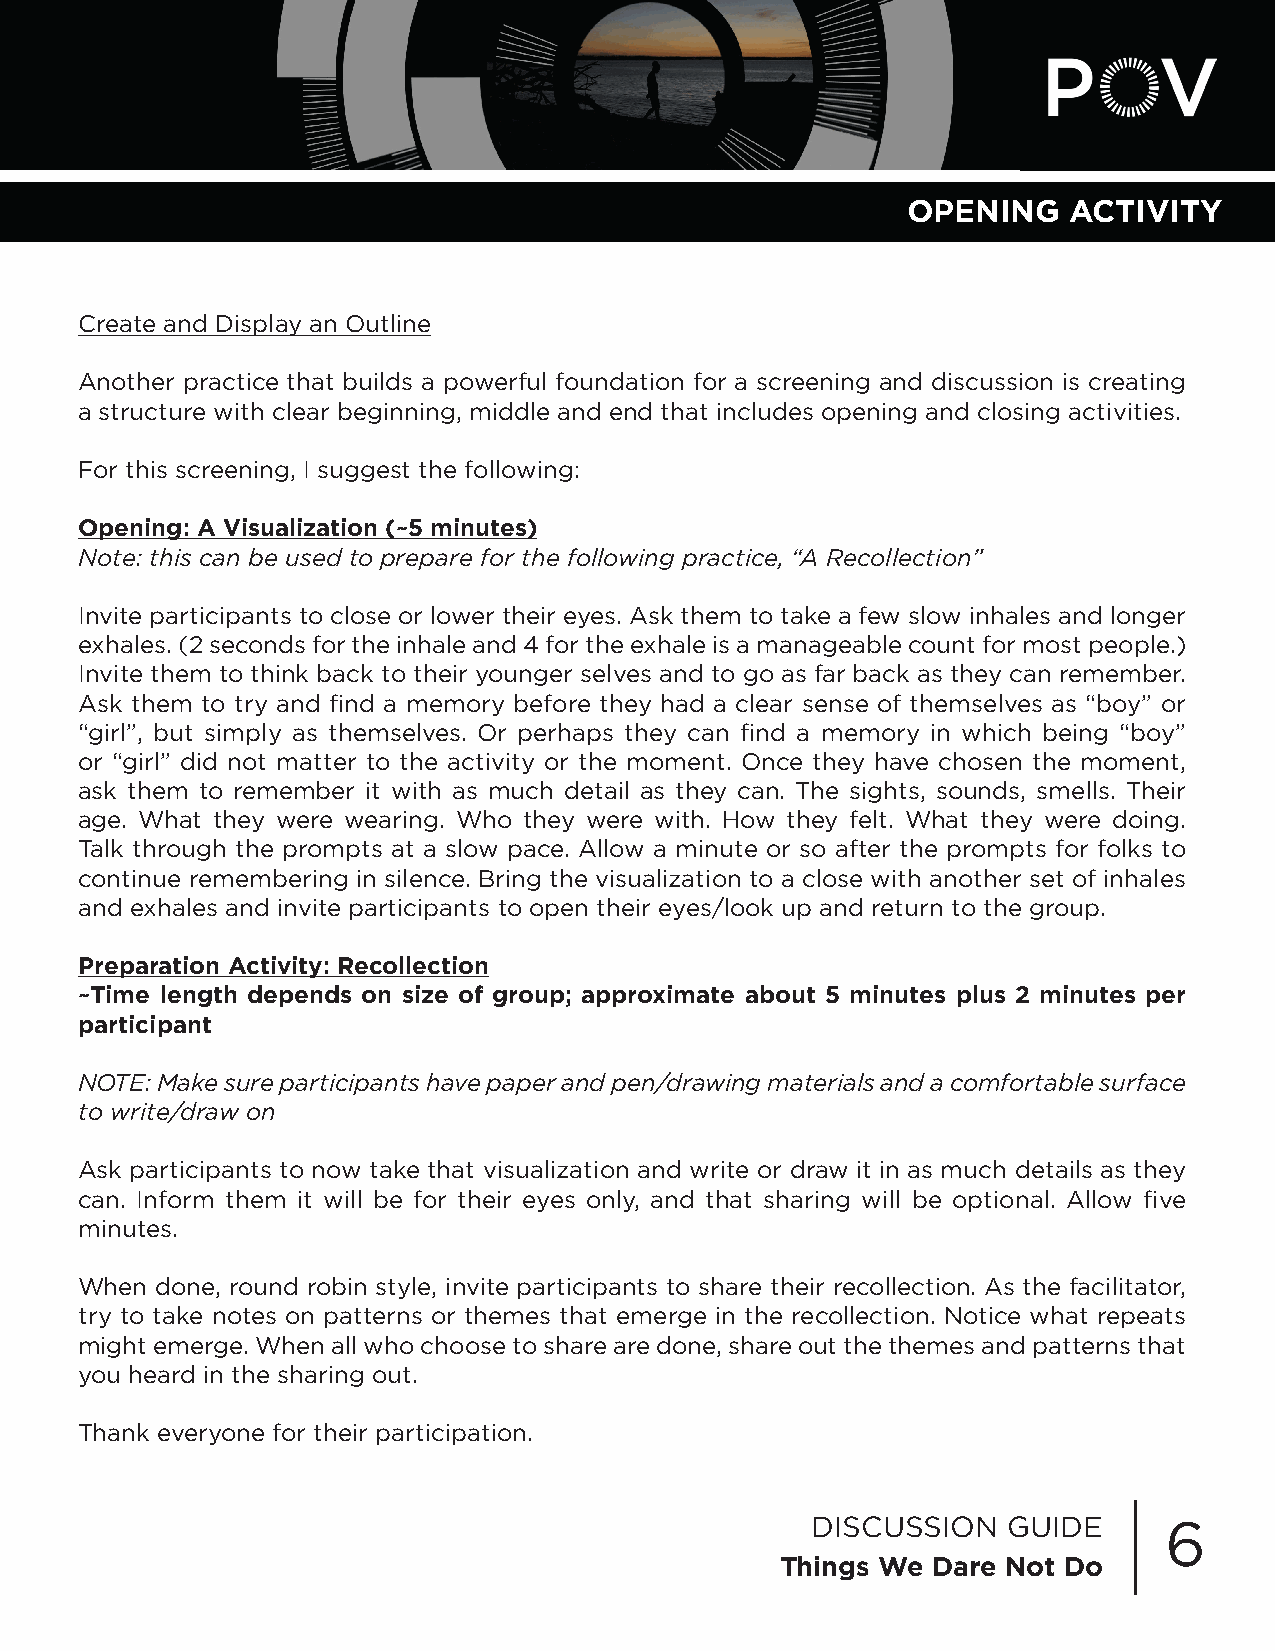
OPENING    ACTIVITY
 Create and Display an Outline
 Another practice that builds a powerful foundation for a screening and discussion is creating
 a structure with clear beginning, middle and end that includes opening and closing activities.
 For this screening, I suggest the following:
 Opening: A Visualization (~5 minutes)
 Note: this can be used to prepare for the following practice, “A Recollection”
 Invite participants to close or lower their eyes. Ask them to take a few slow inhales and longer
 exhales. (2 seconds for the inhale and 4 for the exhale is a manageable count for most people.)
 Invite them to think back to their younger selves and to go as far back as they can remember.
 Ask them to try and find a memory before they had a clear sense of themselves as “boy” or
 “girl”, but simply as themselves. Or perhaps they can find a memory in which being “boy”
 or “girl” did not matter to the activity or the moment. Once they have chosen the moment,
 ask them to remember it with as much detail as they can. The sights, sounds, smells. Their
 age. What they were wearing. Who they were with. How they felt. What they were doing.
 Talk through the prompts at a slow pace. Allow a minute or so after the prompts for folks to
 continue remembering in silence. Bring the visualization to a close with another set of inhales
 and exhales and invite participants to open their eyes/look up and return to the group.
 Preparation Activity: Recollection
 ~Time length depends on size of group; approximate about 5 minutes plus 2 minutes per
 participant
 NOTE: Make sure participants have paper and pen/drawing materials and a comfortable surface
 to write/draw on
 Ask participants to now take that visualization and write or draw it in as much details as they
 can. Inform them it will be for their eyes only, and that sharing will be optional. Allow five
 minutes.
 When done, round robin style, invite participants to share their recollection. As the facilitator,
 try to take notes on patterns or themes that emerge in the recollection. Notice what repeats
 might emerge. When all who choose to share are done, share out the themes and patterns that
 you heard in the sharing out.
 Thank everyone for their participation.
 DISCUSSION   GUIDE     6
 Things We Dare Not Do